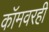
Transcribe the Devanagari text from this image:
कॉमवरही